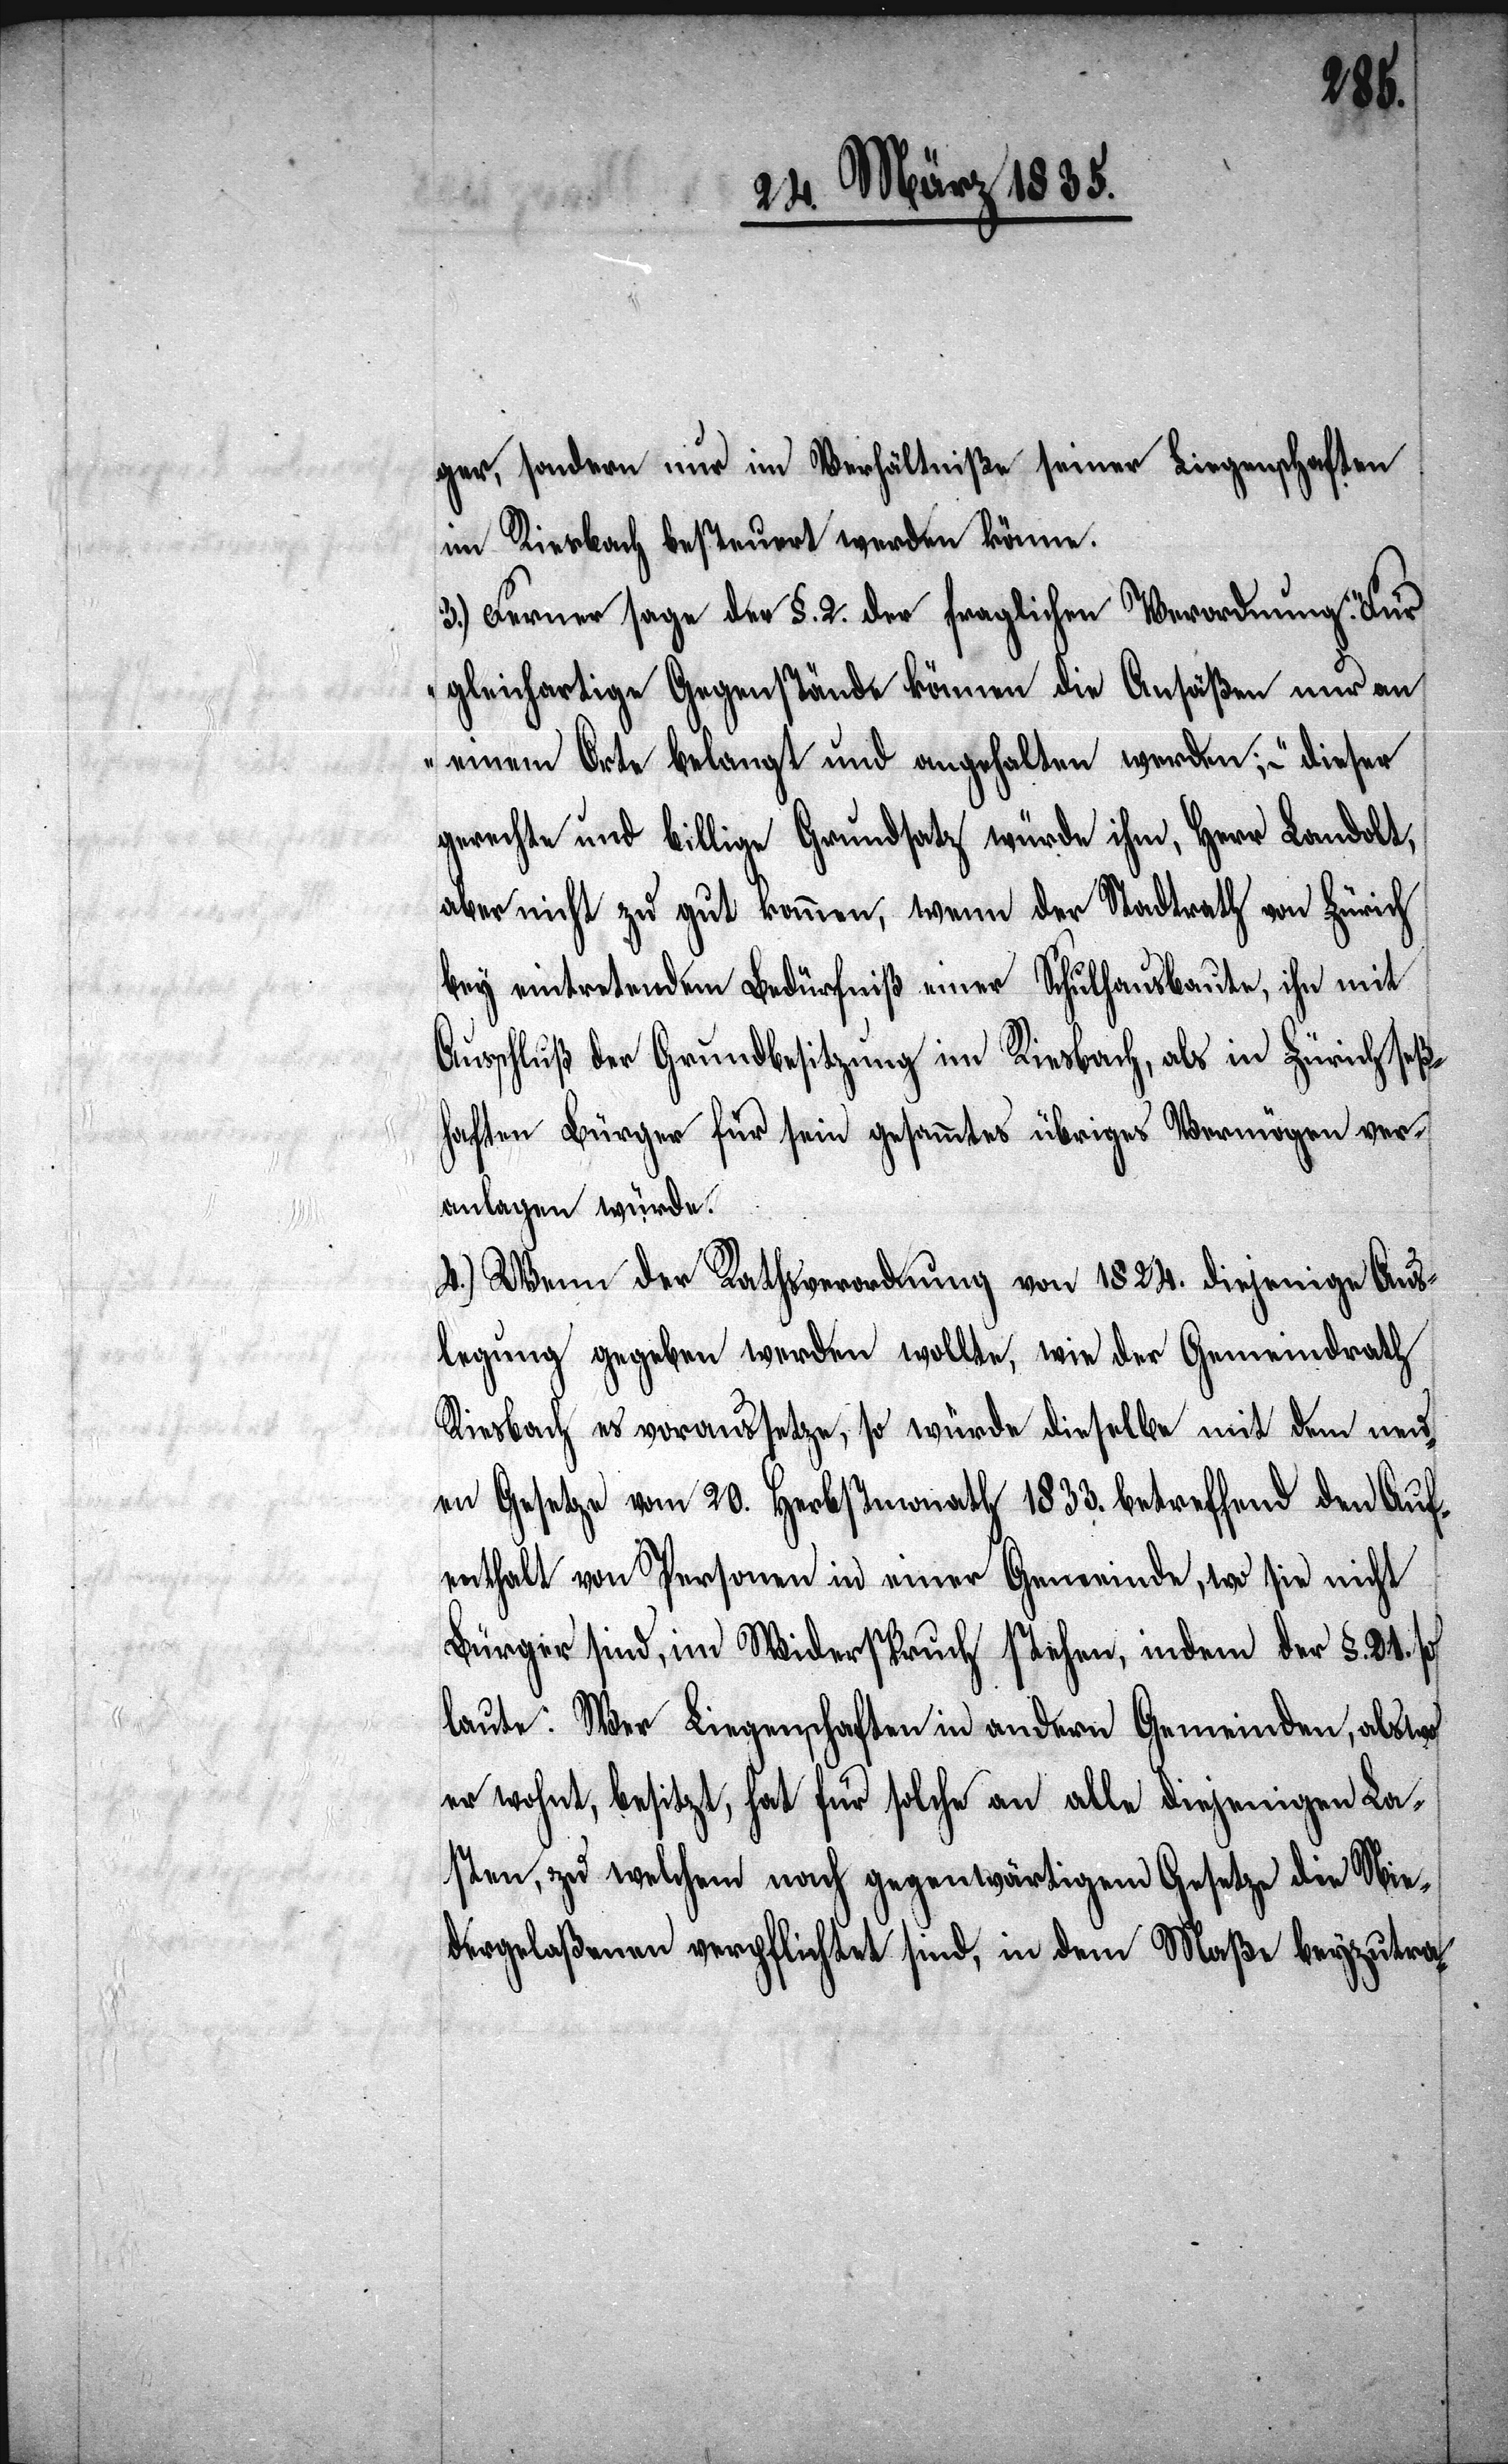
ger, sondern nur im Verhältniße seiner Liegenschaften
im Riesbache besteuert werden könne.
3.) Ferner sage der §. 2. der fraglichen Verordnung „Für
gleichartige Gegenstände können die Ansäßen nur an
einem Orte belangt und angehalten werden;“ – dieser
gerechte und billige Grundsatz würde ihm, Herr Landolt,
aber nicht zu gut kommen, wenn der Stadtrath von Zürich
bey eintretendem Bedürfniß einer Schulhausbaute, ihn mit
Ausschluß der Grundbesitzung im Riesbach, als in Zürich seß¬
haften Bürger für sein gesammtes übriges Vermögen ver¬
anlagen würde.
4.) Wenn der Rathsverordnung von 1824. diejenige Aus¬
legung gegeben werden wollte, wie der Gemeindrath
Riesbach es voraussetze, so würde dieselbe mit dem neu¬
en Gesetze vom 20. Herbstmonath 1833. betreffend den Auf¬
enthalt von Personen in einer Gemeinde, wo sie nicht
Bürger sind, im Widerspruch stehen, indem der §. 21. so
laute: Wer Liegenschaften in andern Gemeinden, als wo
er wohnt, besitzt, hat für solche an alle diejenigen La¬
sten, zu welchen nach gegenwärtigem Gesetze die Nie¬
dergelaßenen verpflichtet sind, in dem Maße beyzutra-